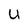
Character: U